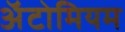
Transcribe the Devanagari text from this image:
अॅटोमियम